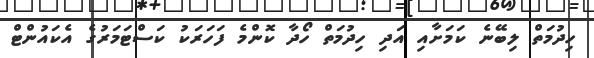
ހިދުމަތް ލިބޭނެ ކަމަށާއި އަދި ހިދުމަތް ހޯދާ ކޮންމެ ފަހަރަކު ކަސްޓަމަރުގެ އެކައުންޓް